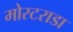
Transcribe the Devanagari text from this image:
मोस्टराडा